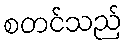
စတင်သည်